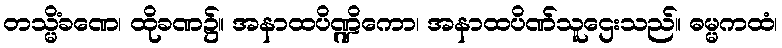
တသ္မိံခဏေ၊ ထိုခဏ၌။ အနာထပိဏ္ဍိကော၊ အနာထပိဏ်သူဌေးသည်။ ဓမ္မကထံ၊